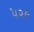
૫૨૯